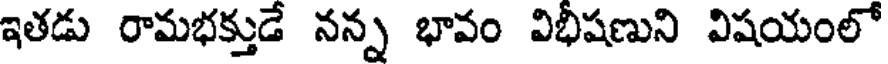
ఇతడు రామభక్తుడే నన్న భావం విభీషణుని విషయంలో